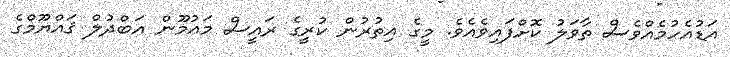
އަޑުއެހުމެއްވެސް ތާވަލު ކޮށްފައިވެއެވެ. މީގެ އިތުރުން ކުރީގެ ރައީސް މައުމޫން އަބްދުލް ޤައްޔޫމްގެ